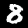
Label: 8